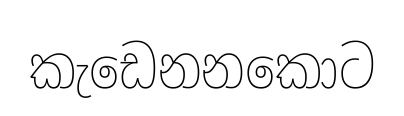
කැඩෙනනකොට